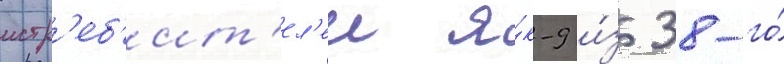
истр'еб'ит'ел'еи я́к-9 и́з 38-го́